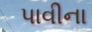
પાવીના